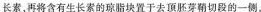
长素，再将含有生长素的琼脂块置于去顶胚芽鞘切段的一测，